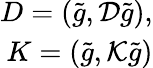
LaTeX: \begin{array}{r}{D=(\tilde{g},{\cal D}\tilde{g}),}\\ {K=(\tilde{g},{\cal K}\tilde{g})}\end{array}